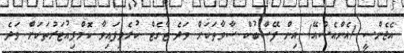
އެޖެންސީ (އެންއެސްއޭ) އިން ފޭސްބުކް ސާވާތަކަށް ވަދެ ޓާގެޓް ކުރެވިފައިވާ ކޮމްޕިއުޓަރުތަކަށް ވަދެ